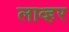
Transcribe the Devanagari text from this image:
लाव्हर